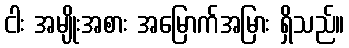
ငါး အမျိုးအစား အမြောက်အမြား ရှိသည်။